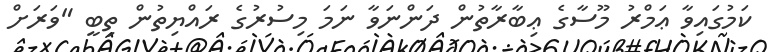
ކަމުގައިވާ ޢަމްރު މޫސާގެ ޢިބާރާތުން ދަންނަވާ ނަމަ މިސުރުގެ ރައްޔިތުން ތިބީ "ވަރަށް